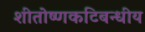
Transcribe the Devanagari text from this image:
शीतोष्णकटिबन्धीय